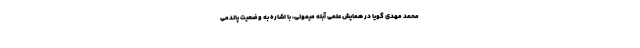
محمد مهدی گویا در همایش علمی آبله میمونی، با اشاره به وضعیت پاندمی